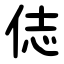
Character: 俧